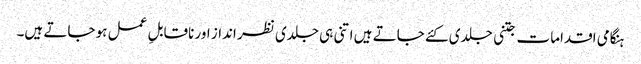
ہنگامی اقدامات جتنی جلدی کئے جاتے ہیں اتنی ہی جلدی نظر انداز اور ناقابلِ عمل ہو جاتے ہیں۔